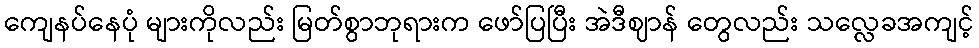
ကျေနပ်နေပုံ များကိုလည်း မြတ်စွာဘုရားက ဖော်ပြပြီး အဲဒီဈာန် တွေလည်း သလ္လေခအကျင့်